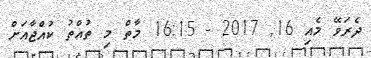
ދެރަވޭ މެއި 16